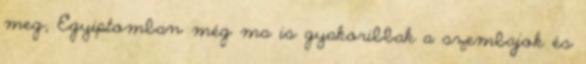
meg; Egyiptomban még ma is gyakoribbak a szembajok és